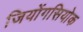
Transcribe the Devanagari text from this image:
जियोंगसियोक